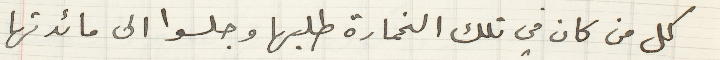
كل من كان في تلك الخمارة طلبها وجلسوا الى مائدتها